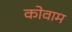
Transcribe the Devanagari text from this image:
कोवाम